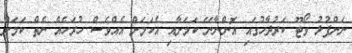
ނަންފުޅު ވޯޓޫ ކަރުދާހުގައި އޮންނާނޭ ކަމަށާއި އެކަމަށް އެއްވެސް ހުރަހެއް ނެތް ކަމަށް